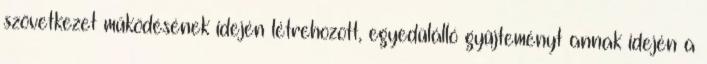
szövetkezet működésének idején létrehozott, egyedülálló gyűjteményt annak idején a